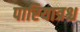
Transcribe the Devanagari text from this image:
पारियात्रश्च